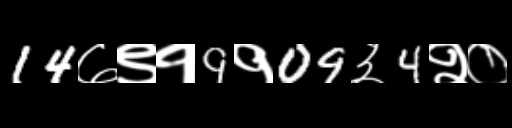
Text: 14७९१9१09३4२०